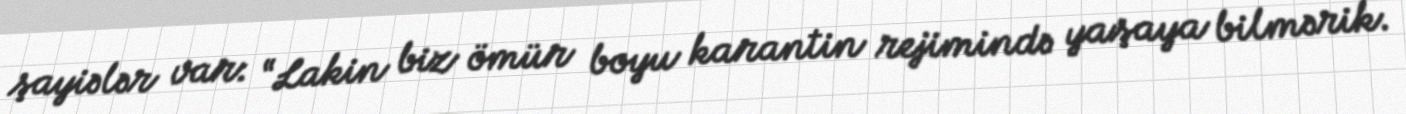
şayiələr var: “Lakin biz ömür boyu karantin rejimində yaşaya bilmərik.